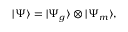
| \Psi \rangle = | \Psi _ { g } \rangle \otimes | \Psi _ { m } \rangle ,